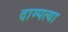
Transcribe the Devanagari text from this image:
दाम्पत्या